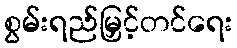
စွမ်းရည်မြှင့်တင်ရေး